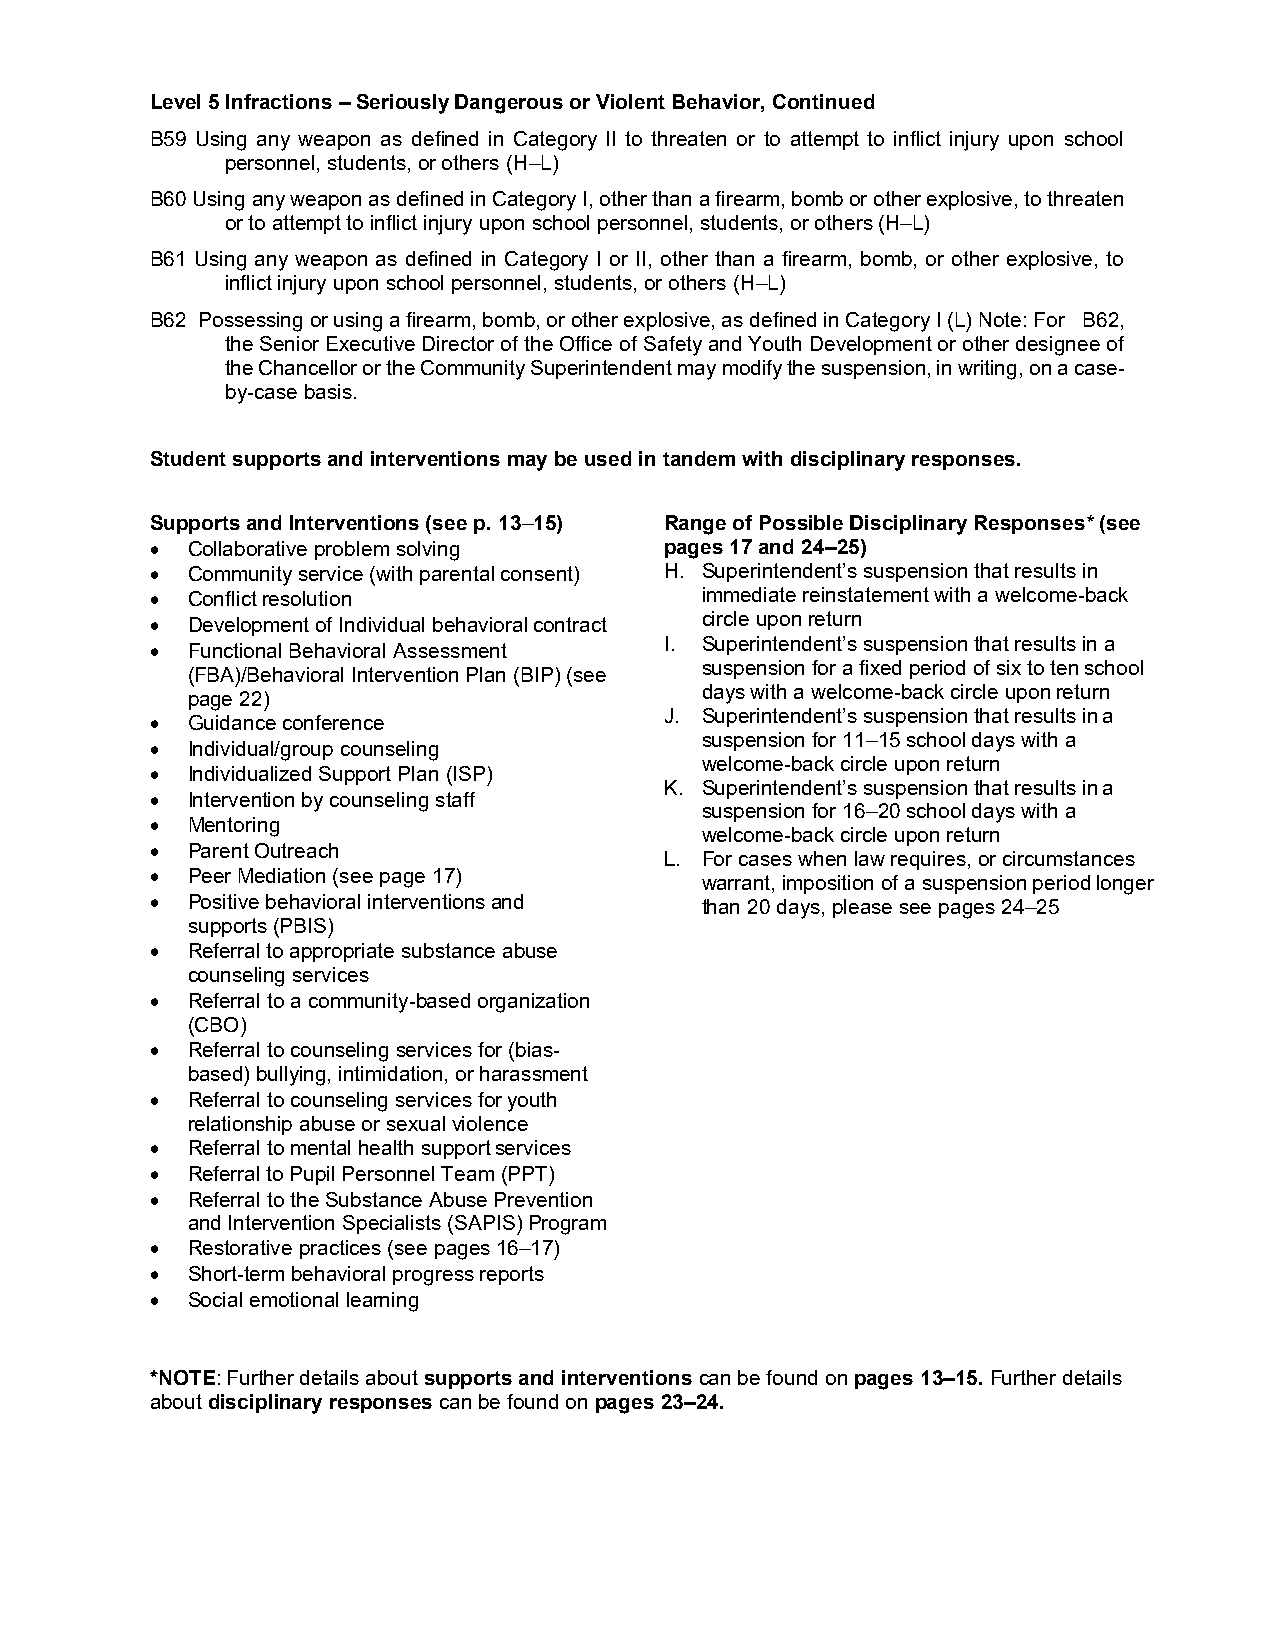
Level 5 Infractions – Seriously Dangerous or Violent Behavior, Continued
 B59 Using any weapon as defined in Category II to threaten or to attempt to inflict injury upon school
 personnel, students, or others (H–L)
 B60 Using any weapon as defined in Category I, other than a firearm, bomb or other explosive, to threaten
 or to attempt to inflict injury upon school personnel, students, or others (H–L)
 B61 Using any weapon as defined in Category I or II, other than a firearm, bomb, or other explosive, to
 inflict injury upon school personnel, students, or others (H–L)
 B62 Possessing or using a firearm, bomb, or other explosive, as defined in Category I (L) Note: For B62,
 the Senior Executive Director of the Office of Safety and Youth Development or other designee of
 the Chancellor or the Community Superintendent may modify the suspension, in writing, on a case-
 by-case basis.
 Student supports and interventions may be used in tandem with disciplinary responses.
 Supports and Interventions (see p. 13–15) Range of Possible Disciplinary Responses* (see
 • Collaborative problem solving   pages 17 and 24–25)
 • Community service (with parental consent) H. Superintendent’s suspension that results in
 • Conflict resolution               immediate reinstatement with a welcome-back
 • Development of Individual behavioral contract circle upon return
 I. Superintendent’s suspension that results in a
 • Functional Behavioral Assessment
 suspension for a fixed period of six to ten school
 (FBA)/Behavioral Intervention Plan (BIP) (see
 days with a welcome-back circle upon return
 page 22)
 J. Superintendent’s suspension that results in a
 • Guidance conference
 suspension for 11–15 school days with a
 • Individual/group counseling
 welcome-back circle upon return
 • Individualized Support Plan (ISP)
 K. Superintendent’s suspension that results in a
 • Intervention by counseling staff
 suspension for 16–20 school days with a
 • Mentoring
 welcome-back circle upon return
 • Parent Outreach
 L. For cases when law requires, or circumstances
 • Peer Mediation (see page 17)
 warrant, imposition of a suspension period longer
 • Positive behavioral interventions and than 20 days, please see pages 24–25
 supports (PBIS)
 • Referral to appropriate substance abuse
 counseling services
 • Referral to a community-based organization
 (CBO)
 • Referral to counseling services for (bias-
 based) bullying, intimidation, or harassment
 • Referral to counseling services for youth
 relationship abuse or sexual violence
 • Referral to mental health support services
 • Referral to Pupil Personnel Team (PPT)
 • Referral to the Substance Abuse Prevention
 and Intervention Specialists (SAPIS) Program
 • Restorative practices (see pages 16–17)
 • Short-term behavioral progress reports
 • Social emotional learning
 *NOTE: Further details about supports and interventions can be found on pages 13–15. Further details
 about disciplinary responses can be found on pages 23–24.